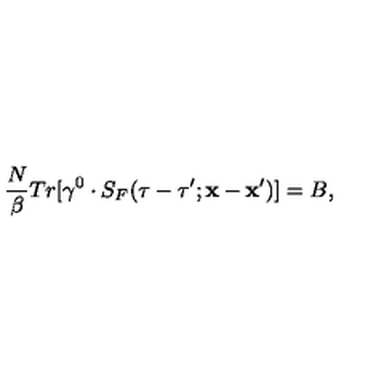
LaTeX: \frac { N } { \beta } T r [ \gamma ^ { 0 } \cdot S _ { F } ( \tau - \tau ^ { \prime } ; { \bf x } - { \bf x } ^ { \prime } ) ] = B ,